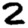
Digit: 2